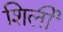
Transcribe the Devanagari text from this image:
शिर्ली